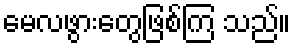
မေလဖွားတွေဖြစ်ကြ သည်။